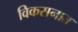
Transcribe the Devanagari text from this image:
विकसनात